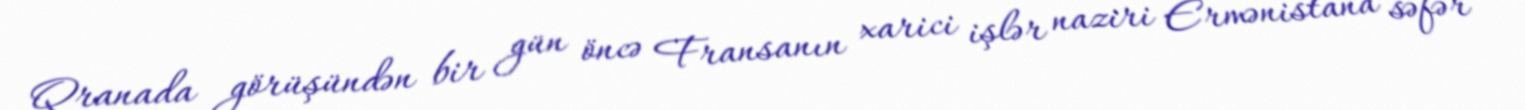
Qranada görüşündən bir gün öncə Fransanın xarici işlər naziri Ermənistana səfər